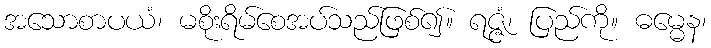
အသောစာပယံ၊ မစိုးရိမ်စေအပ်သည်ဖြစ်၍။ ရဇ္ဇံ၊ ပြည်ကို။ ဓမ္မေန၊